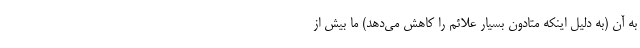
به آن (به دلیل اینکه متادون بسیار علائم را کاهش می‌دهد) ما بیش از